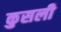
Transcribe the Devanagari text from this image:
कुसली